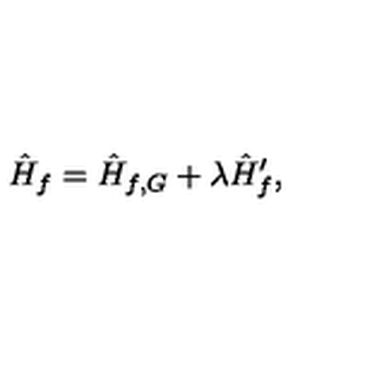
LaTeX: \hat { H } _ { f } = \hat { H } _ { f , G } + \lambda \hat { H } _ { f } ^ { \prime } ,